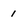
Character: i